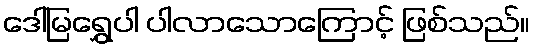
ဒေါ်မြရွှေပါ ပါလာသောကြောင့် ဖြစ်သည်။